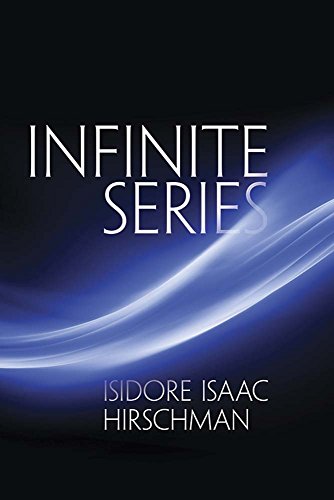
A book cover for Infinite Series (Dover Books on Mathematics); Isidore Isaac Hirschman; Science & Math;